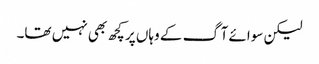
لیکن سوائے آگ کے وہاں پر کچھ بھی نہیں تھا۔